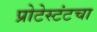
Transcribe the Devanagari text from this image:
प्रोटेस्टंटचा